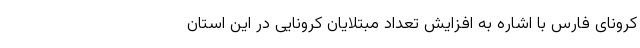
کرونای فارس با اشاره به افزایش تعداد مبتلایان کرونایی در این استان